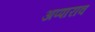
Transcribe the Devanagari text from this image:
अप्पाराव